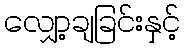
လျှော့ချခြင်းနှင့်